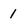
Character: 1